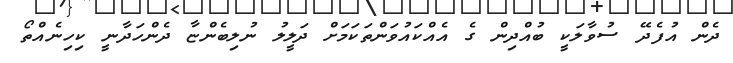
ދެން އުފެދޭ ސުވާލަކީ ބުއްދިން ގެ އެއްކައުވަންތަކަމަށް ދަލީލު ނުލިބެންޏާ ދެންހަދާނީ ކިހިނެއްތޯ